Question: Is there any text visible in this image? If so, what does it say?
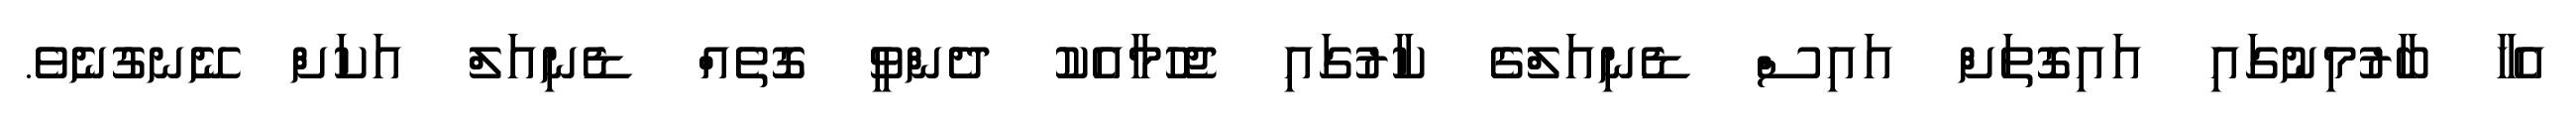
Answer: އެހާ ބާރުމިނުގައި އައިގޮތަށް އައިސް ޑެނިއަލްގެ ކާރުގައި ޖެހުމާއެކު ދެންވީ ގޮތެއް ޑެނިއަލް އަކަށް ނޭނގުނެވެ.